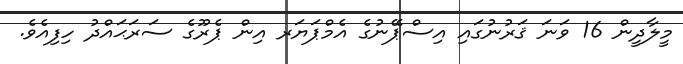
މީލާދީން 16 ވަނަ ޤަރުނުގައި އިސްޕޭނުގެ އެމްޕަޔަރ އިން ޕެރޫގެ ސަރަޙައްދު ހިފިއެވެ.